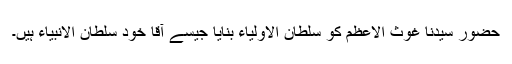
حضور سیدنا غوث الاعظم کو سلطان الاولیاء بنایا جیسے آقا خود سلطان الانبیاء ہیں۔